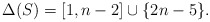
\begin{align*}\Delta(S) = [1,n-2] \cup \{2n-5\}.\end{align*}